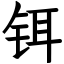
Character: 铒